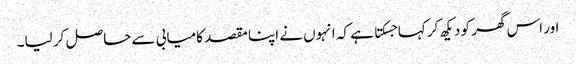
اور اس گھر کو دیکھ کر کہا جسکتا ہے کہ انہوں نے اپنا مقصد کامیابی سے حاصل کر لیا۔